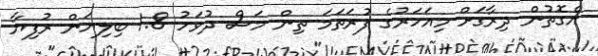
އެގޮތުން ދިރާގަށް މިއަހަރުގެ ފުރަތަމަ ތިން މަސް ދުވަހު 1.8 ބިލިޔަން ރުފިޔާ